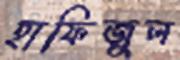
হাফিজুল